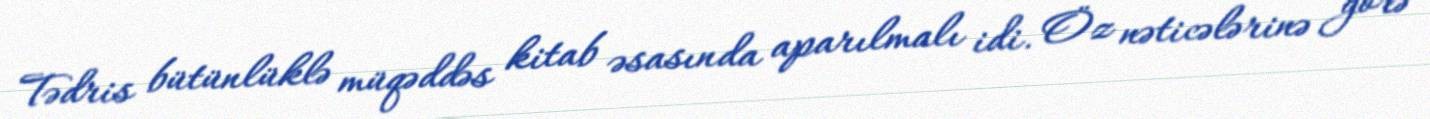
Tədris bütünlüklə müqəddəs kitab əsasında aparılmalı idi. Öz nəticələrinə görə